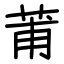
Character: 莆